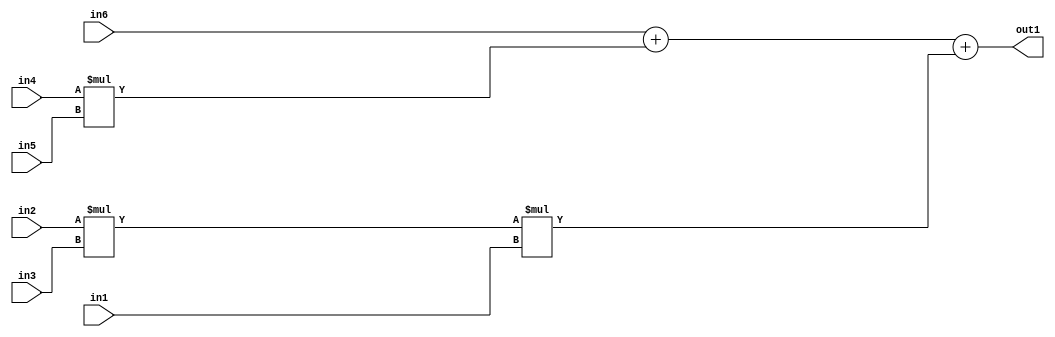
`timescale 1ps / 1ps
/*****************************************************************************
    Verilog RTL Description
    
    
    Created by: Stratus DpOpt 2019.1.01 
*******************************************************************************/

module st_weight_addr_gen_Add3Mul3u16u16u16Mul2u16u16u16_4_4 (
	in6,
	in5,
	in4,
	in3,
	in2,
	in1,
	out1
	); /* architecture "behavioural" */ 
input [15:0] in6,
	in5,
	in4,
	in3,
	in2,
	in1;
output [31:0] out1;
wire [31:0] asc001,
	asc002;

assign asc002 = 
	+(in2 * in3);

wire [31:0] asc001_tmp_0;
wire [31:0] asc001_tmp_1;
assign asc001_tmp_1 = 
	+(in6);
assign asc001_tmp_0 = asc001_tmp_1
	+(in4 * in5);
assign asc001 = asc001_tmp_0
	+(asc002 * in1);

assign out1 = asc001;
endmodule

/* CADENCE  v7T4Sw8= : u9/ySgnWtBlWxVPRXgAZ4Og= ** DO NOT EDIT THIS LINE ******/